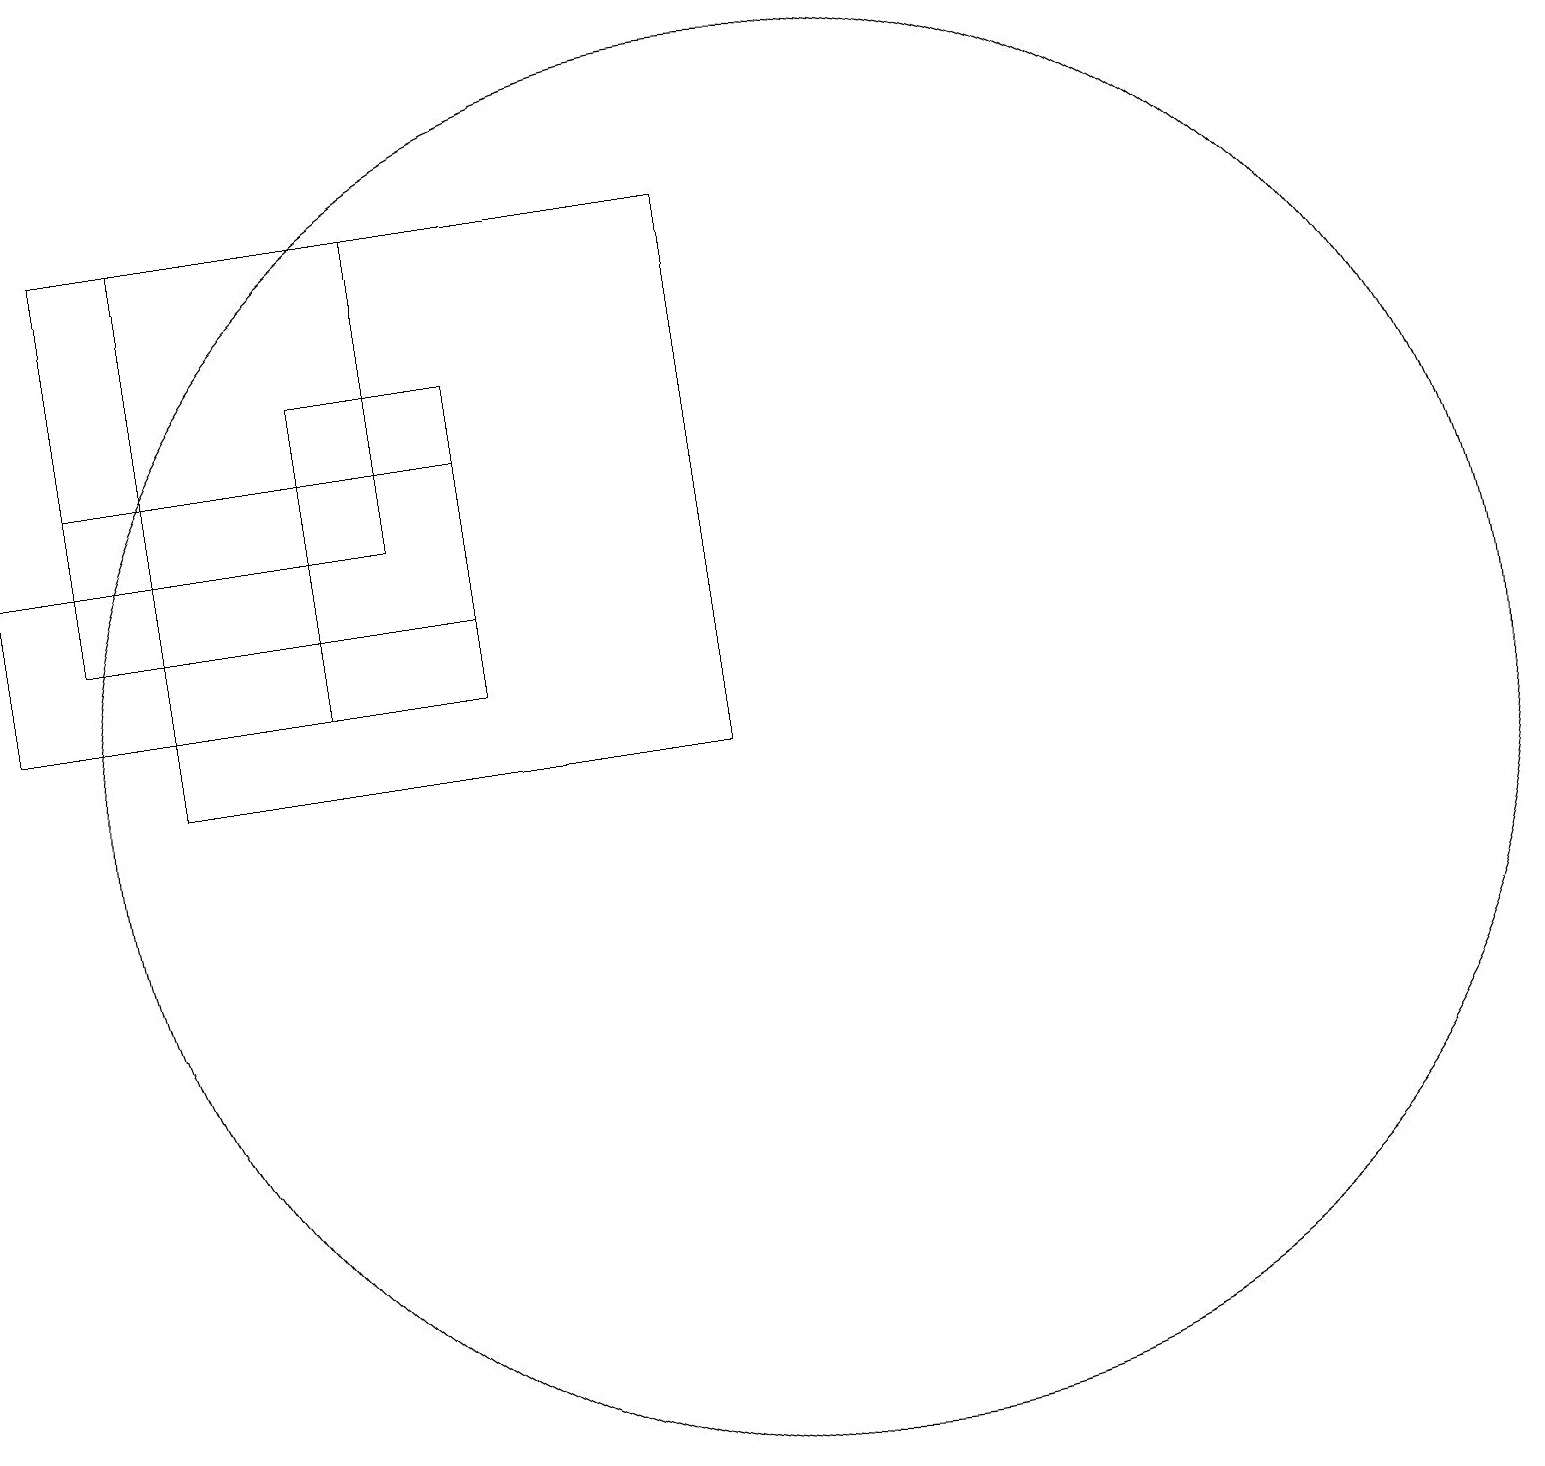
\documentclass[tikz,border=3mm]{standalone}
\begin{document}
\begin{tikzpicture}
\draw (9,10) rectangle (2,17);
\draw (6,15) rectangle (4,11);
\draw (10,10) circle (9);
\draw (1,12) rectangle (6,14);
\draw (0,13) rectangle (4,11);
\draw (1,17) rectangle (5,13);
\draw (11,10) circle (0);
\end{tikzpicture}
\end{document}